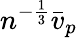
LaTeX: n^{-\frac{1}{3}}\bar{v}_{p}